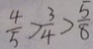
\frac { 4 } { 5 } > \frac { 3 } { 4 } > \frac { 5 } { 8 }